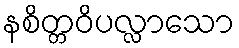
နစိတ္တဝိပလ္လာသော